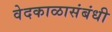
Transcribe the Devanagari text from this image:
वेदकाळासंबंधी